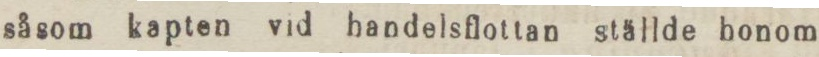
såsom kapten vid handelsflottan ställde honom